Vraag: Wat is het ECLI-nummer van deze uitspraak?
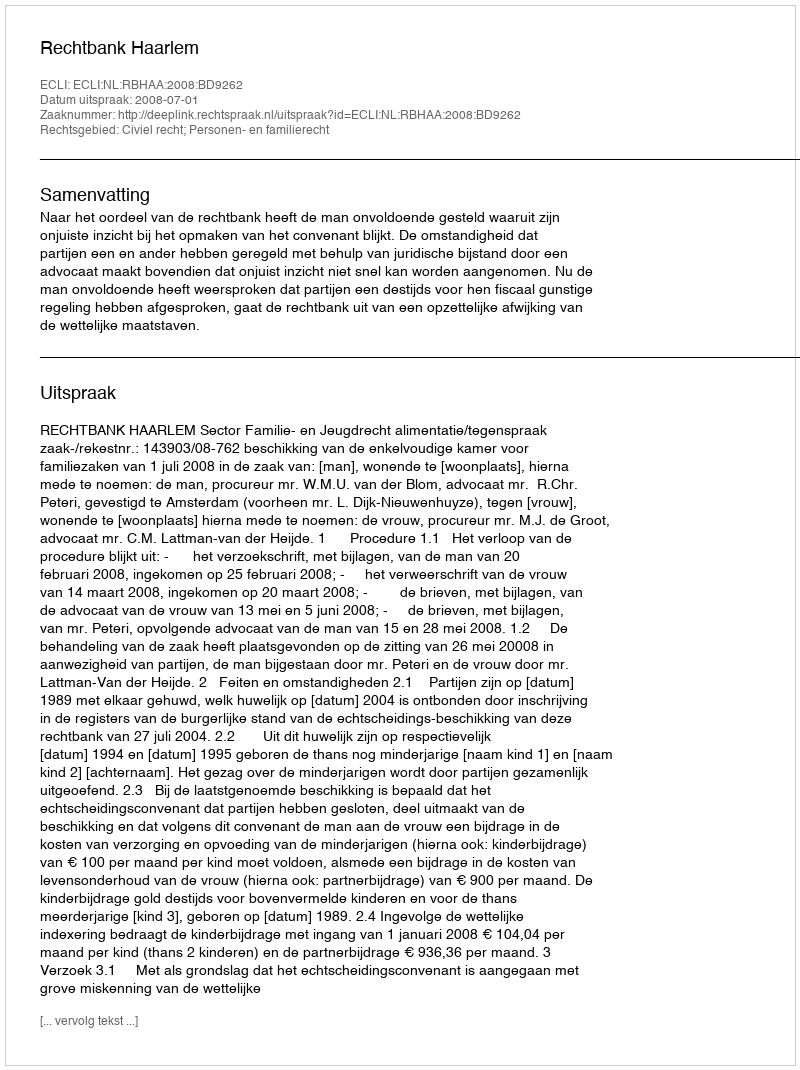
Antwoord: ECLI:NL:RBHAA:2008:BD9262